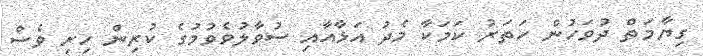
ގިޔާމަތް ދުވަހުން ހަތަރު ކަމަކާ މެދު އަޅާއާއި ސުވާލުވެވުމުގެ ކުރިން ހިރި ވެސް